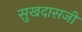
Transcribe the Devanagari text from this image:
सुखदासजी